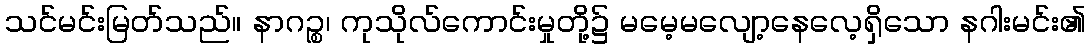
သင်မင်းမြတ်သည်။ နာဂဉ္စ၊ ကုသိုလ်ကောင်းမှုတို့၌ မမေ့မလျော့နေလေ့ရှိသော နဂါးမင်း၏